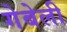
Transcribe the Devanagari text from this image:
गेबेली